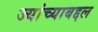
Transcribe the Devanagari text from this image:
ज्यांच्याबद्दल